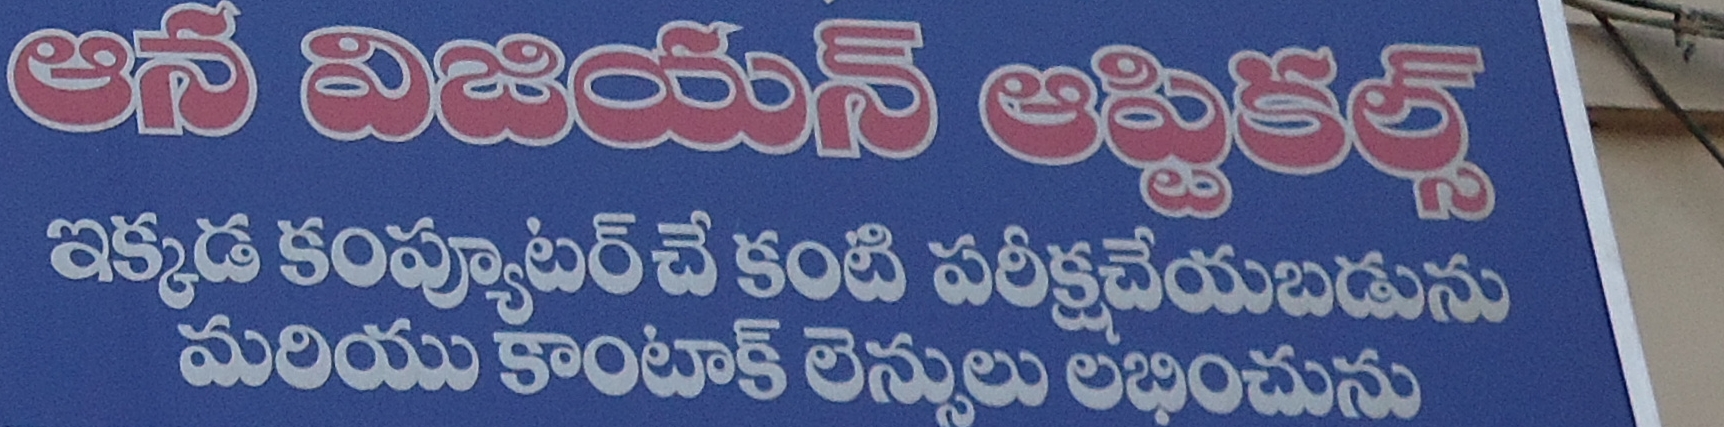
Language: telugu
Transcription: విజియన్ ఇక్కడ కంప్యూటర్ చే కంటి లెన్సులు లభించును పరీక్షచేయబడును మరియు కాంటాక్